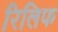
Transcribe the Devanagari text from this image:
रिलिफ